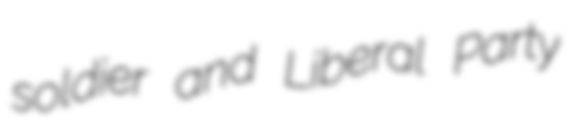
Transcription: soldier and Liberal Party